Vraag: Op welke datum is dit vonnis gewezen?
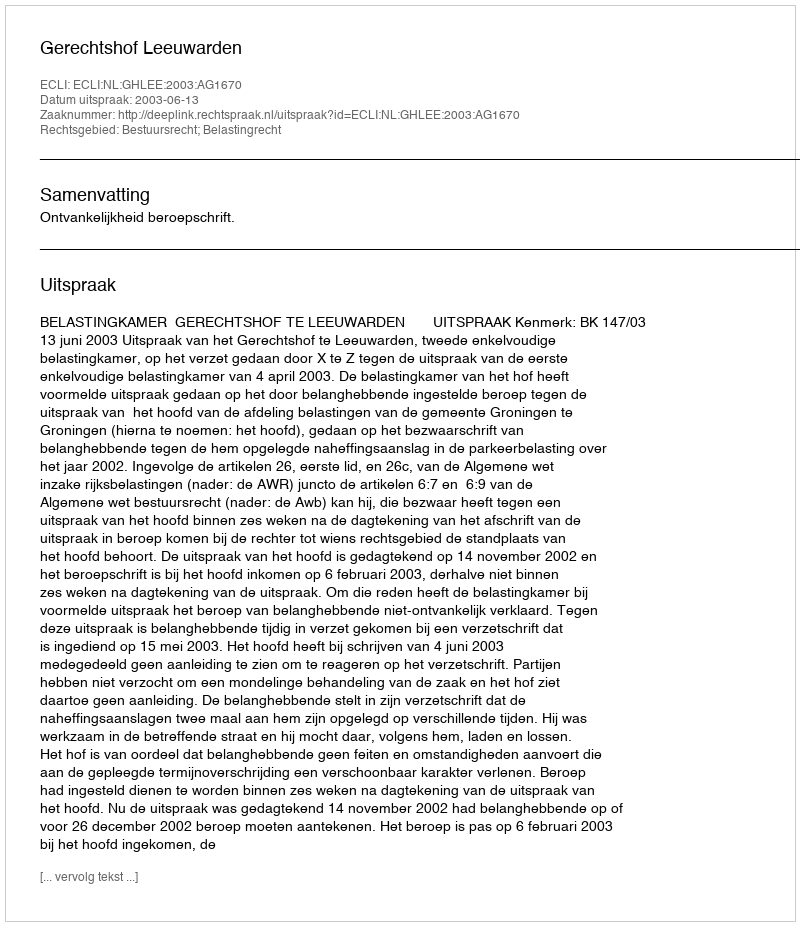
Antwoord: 2003-06-13